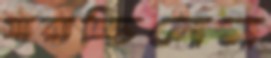
সারাচ্ছিলেন